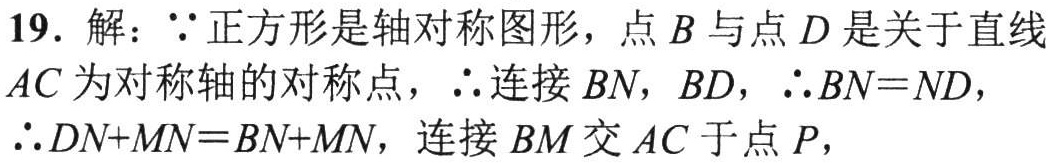
19. 解：$\because$正方形是轴对称图形，点$B$与点$D$是关于直线$AC$为对称轴的对称点，$\therefore$连接$BN$，$BD$，$\therefore BN = ND$，$\therefore DN + MN = BN + MN$，连接$BM$交$AC$于点$P$，